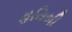
હનિબી